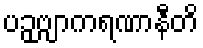
ပဉှဗျာကရဏာနီတိ